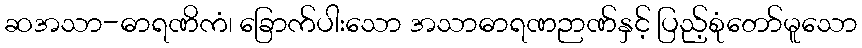
ဆအသာ-ဓာရဏိကံ၊ ခြောက်ပါးသော အသာဓာရဏဉာဏ်နှင့် ပြည့်စုံတော်မူသော